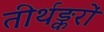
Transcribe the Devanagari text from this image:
तीर्थङ्करों